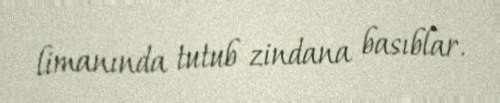
limanında tutub zindana basıblar.